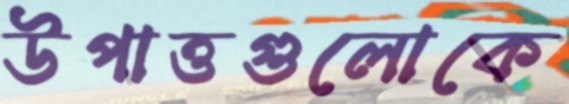
উপাত্তগুলোকে